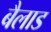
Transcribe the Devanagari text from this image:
बैलाड